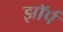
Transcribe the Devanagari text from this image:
झॉर्प